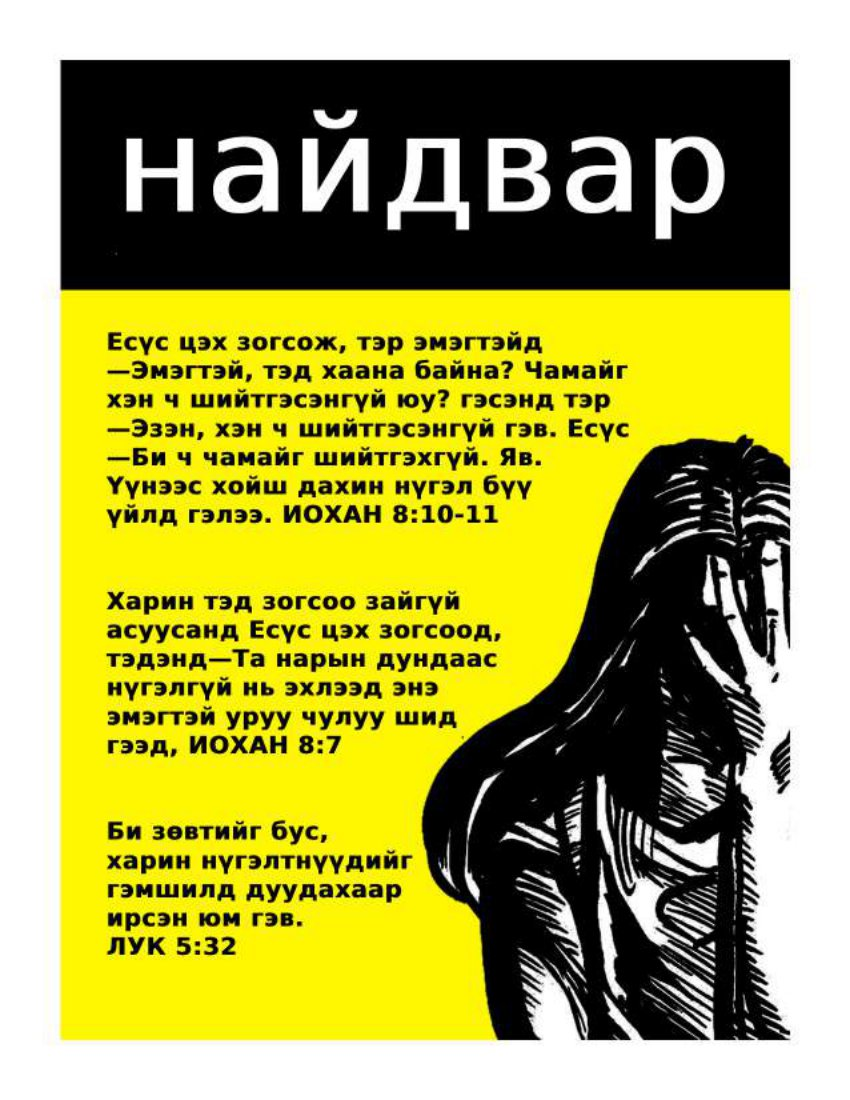
Language: mn